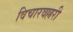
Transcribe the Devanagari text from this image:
विचारवल्लरी